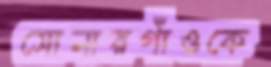
সোনারগাঁওকে